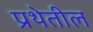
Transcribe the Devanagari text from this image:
प्रथेतील